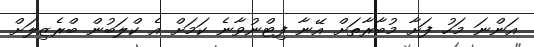
އަންނަ މަހު ފަށާ މުބާރާތަށް އޭނާ ފިޓްނުވާނެ ކަމަށް އެ ކްލަބުން ބްރެޒިލަށް